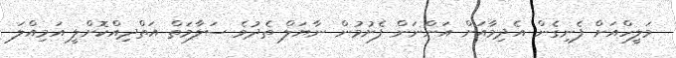
މަލީހްއަށް ފެނިގެން އެދިމާއަށް އަންނަން ފެށުމުން ނާޔަލް ތެދުވެ ސަލާމަތް އަތްދިއްކޮށްލީ އަމިއްލަ